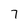
Character: 7